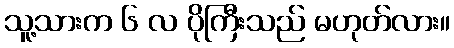
သူ့သားက ၆ လ ပိုကြီးသည် မဟုတ်လား။